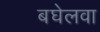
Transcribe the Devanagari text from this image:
बघेलवा